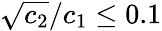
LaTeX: {{\sqrt{c_{2}}}/{c_{1}}}\leq 0.1